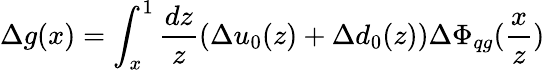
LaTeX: \Delta g(x)=\int_{x}^{1}\frac{dz}{z}(\Delta u_{0}(z)+\Delta d_{0}(z))\Delta\Phi_{qg}(\frac{x}{z})